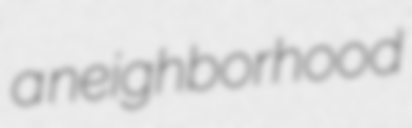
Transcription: a neighborhood